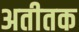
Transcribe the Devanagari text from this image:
अतीतक